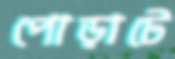
পোড়াটে